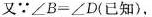
又∵$$∠ B = ∠ D$$(已知)，